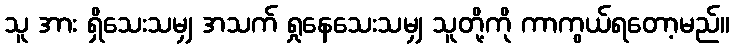
သူ အား ရှိသေးသမျှ အသက် ရှုနေသေးသမျှ သူတို့ကို ကာကွယ်ရတော့မည်။